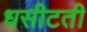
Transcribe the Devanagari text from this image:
धसीटती